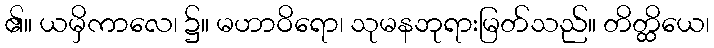
၏။ ယမှိကာလေ၊ ၌။ မဟာဝိရော၊ သုမနဘုရားမြတ်သည်။ တိတ္ထိယေ၊